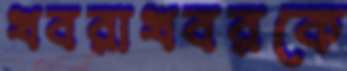
খবরাখবরকে